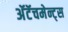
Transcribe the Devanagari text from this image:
अॅटॅचमेन्ट्‌स